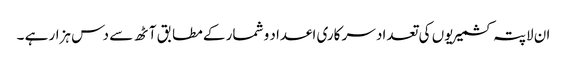
ان لاپتہ کشمیریوں کی تعداد سر کاری اعداد و شمار کے مطابق آٹھ سے دس ہزار ہے ۔